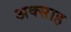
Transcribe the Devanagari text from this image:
अक्साह